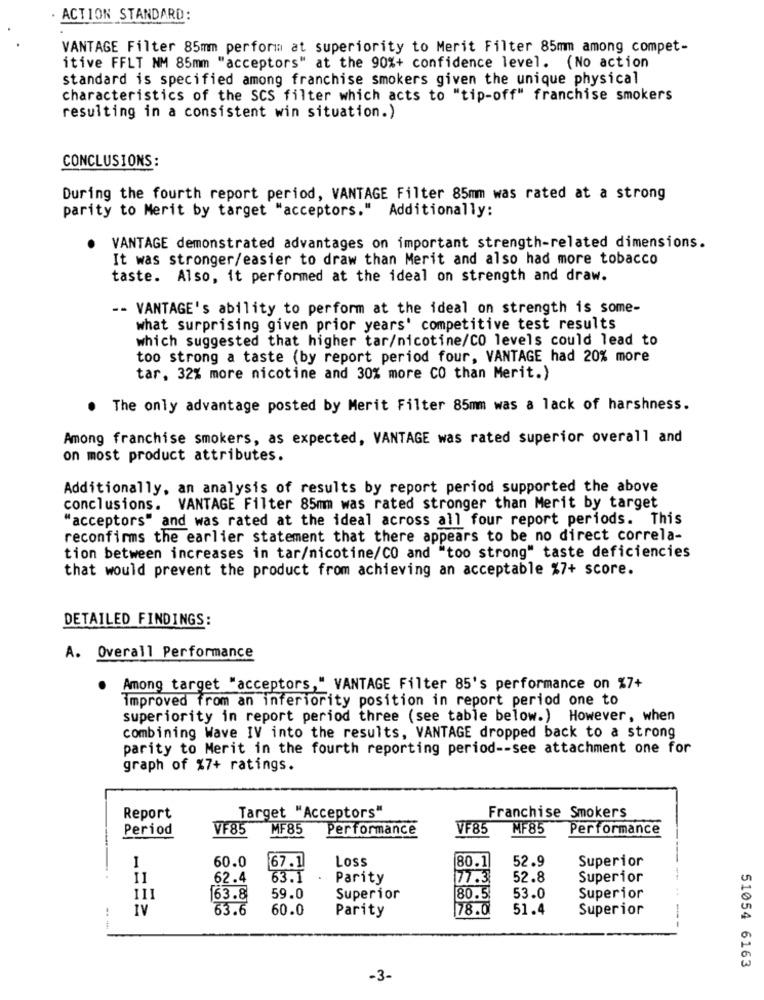
. ACTION STANDARD:
VANTAGE Filter 85mm performa at superiority to Merit Filter 85mm among compet-
itive FFLT NM 85mm "acceptors" at the 90%+ confidence level. (No action
standard is specified among franchise smokers given the unique physical
characteristics of the SCS filter which acts to "tip-off" franchise smokers
resulting in a consistent win situation.)
CONCLUSIONS:
During the fourth report period, VANTAGE Filter 85mm was rated at a strong
parity to Merit by target "acceptors." Additionally:
VANTAGE demonstrated advantages on important strength-related dimensions.
It was stronger/easier to draw than Merit and also had more tobacco
taste. Also, it performed at the ideal on strength and draw.
-- VANTAGE's ability to perform at the ideal on strength is some-
what surprising given prior years' competitive test results
which suggested that higher tar/nicotine/CO levels could lead to
too strong a taste (by report period four, VANTAGE had 20% more
tar, 32% more nicotine and 30% more CO than Merit.)
The only advantage posted by Merit Filter 85mm was a lack of harshness.
Among franchise smokers, as expected, VANTAGE was rated superior overall and
on most product attributes.
Additionally, an analysis of results by report period supported the above
conclusions. VANTAGE Filter 85mm was rated stronger than Merit by target
"acceptors" and was rated at the ideal across all four report periods. This
reconfirms the earlier statement that there appears to be no direct correla-
tion between increases in tar/nicotine/CO and "too strong" taste deficiencies
that would prevent the product from achieving an acceptable %7+ score.
DETAILED FINDINGS:
A. Overall Performance
Among target "acceptors," VANTAGE Filter 85's performance on %7+
improved from an inferiority position in report period one to
superiority in report period three (see table below.) However, when
combining Wave IV into the results, VANTAGE dropped back to a strong
parity to Merit in the fourth reporting period -- see attachment one for
graph of %7+ ratings.
Report
Target "Acceptors"
Franchise Smokers
Period
VF85
MF85
Performance
VF85
MF85
Performance
Loss
80.1
52.9
1
60.0
67.1
Superior
II
62.4
63.1
Parity
77.3
52.8
Superior
80.5
111
163.8
59.0
Superior
53.0
Superior
!
IV
63.6
60.0
Parity
78.0
51.4
Superior
51054 6163
-3-